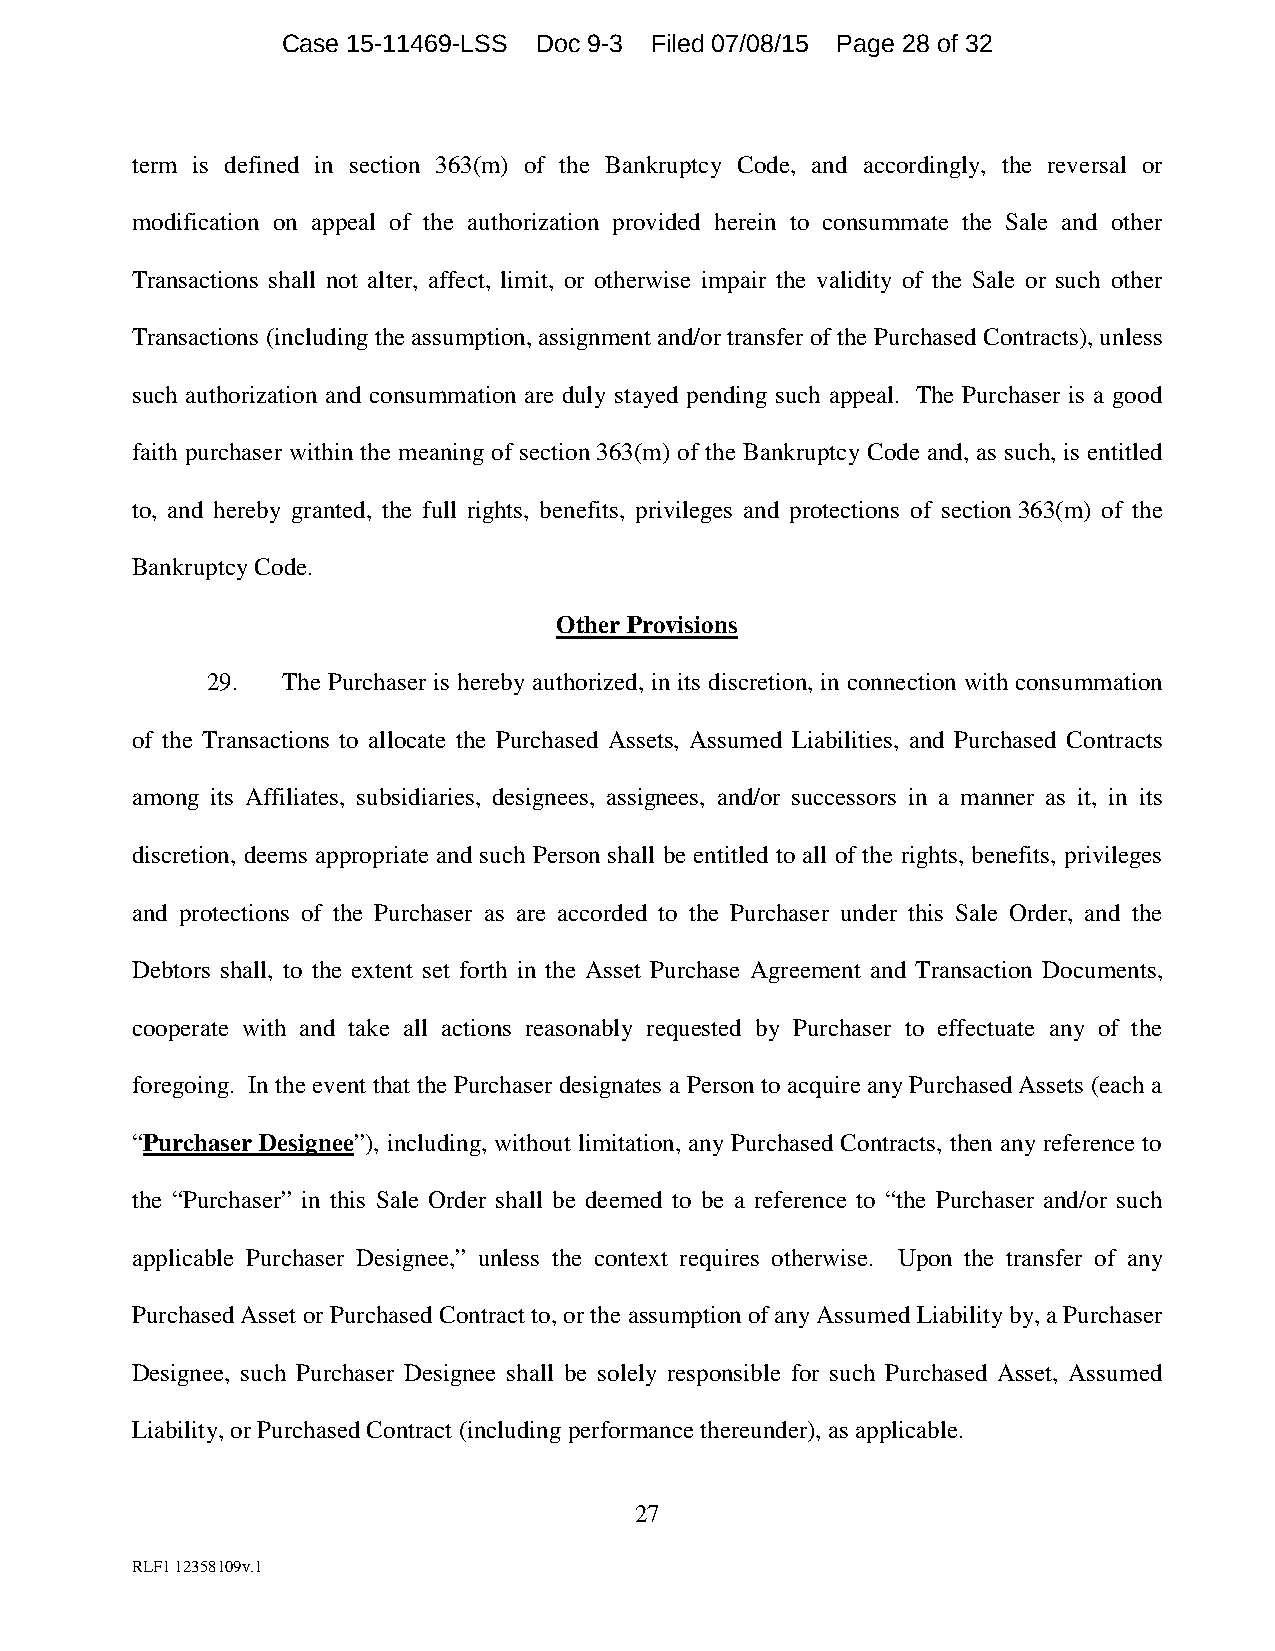
Case 15-11469-LSS Doc 9-3 Filed 07/08/15 Page 28 of 32
 term is defined in section 363(m) of the Bankruptcy Code, and accordingly, the reversal or
 modification on appeal of the authorization provided herein to consummate the Sale and other
 Transactions shall not alter, affect, limit, or otherwise impair the validity of the Sale or such other
 Transactions (including the assumption, assignment and/or transfer of the Purchased Contracts), unless
 such authorization and consummation are duly stayed pending such appeal. The Purchaser is a good
 faith purchaser within the meaning of section 363(m) of the Bankruptcy Code and, as such, is entitled
 to, and hereby granted, the full rights, benefits, privileges and protections of section 363(m) of the
 Bankruptcy Code.
 Other Provisions
 29.  The Purchaser is hereby authorized, in its discretion, in connection with consummation
 of the Transactions to allocate the Purchased Assets, Assumed Liabilities, and Purchased Contracts
 among its Affiliates, subsidiaries, designees, assignees, and/or successors in a manner as it, in its
 discretion, deems appropriate and such Person shall be entitled to all of the rights, benefits, privileges
 and protections of the Purchaser as are accorded to the Purchaser under this Sale Order, and the
 Debtors shall, to the extent set forth in the Asset Purchase Agreement and Transaction Documents,
 cooperate with and take all actions reasonably requested by Purchaser to effectuate any of the
 foregoing. In the event that the Purchaser designates a Person to acquire any Purchased Assets (each a
 “Purchaser Designee”), including, without limitation, any Purchased Contracts, then any reference to
 the “Purchaser” in this Sale Order shall be deemed to be a reference to “the Purchaser and/or such
 applicable Purchaser Designee,” unless the context requires otherwise. Upon the transfer of any
 Purchased Asset or Purchased Contract to, or the assumption of any Assumed Liability by, a Purchaser
 Designee, such Purchaser Designee shall be solely responsible for such Purchased Asset, Assumed
 Liability, or Purchased Contract (including performance thereunder), as applicable.
 27
 RLF1 12358109v.1